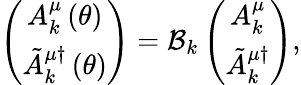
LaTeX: \left(\begin{array}{c}{{A_{k}^{\mu}\left(\theta\right)}}\\ {{\tilde{A}_{k}^{\mu\dagger}\left(\theta\right)}}\end{array}\right)={\cal B}_{k}\left(\begin{array}{c}{{A_{k}^{\mu}}}\\ {{\tilde{A}_{k}^{\mu\dagger}}}\end{array}\right),